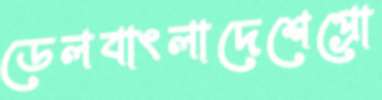
ডেলবাংলাদেশেপ্রো